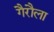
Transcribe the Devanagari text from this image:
गैरौला